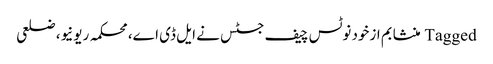
Tagged منشا بم ازخود نوٹس چیف جسٹس نے ایل ڈی اے، محکمہ ریونیو، ضلعی